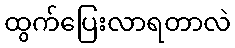
ထွက်ပြေးလာရတာလဲ